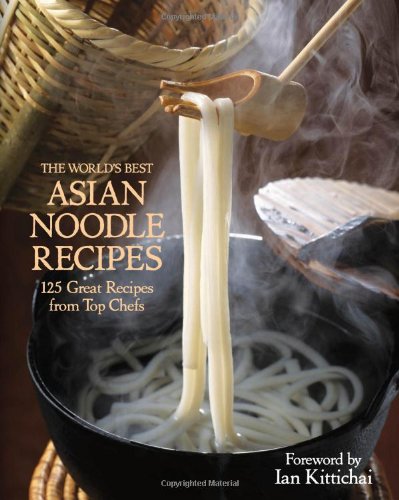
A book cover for The World's Best Asian Noodle Recipes: 125 Great Recipes from Top Chefs; Kirsten Hall; Cookbooks, Food & Wine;